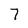
Character: 7